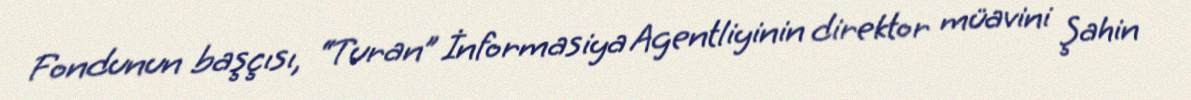
Fondunun başçısı, “Turan” İnformasiya Agentliyinin direktor müavini Şahin